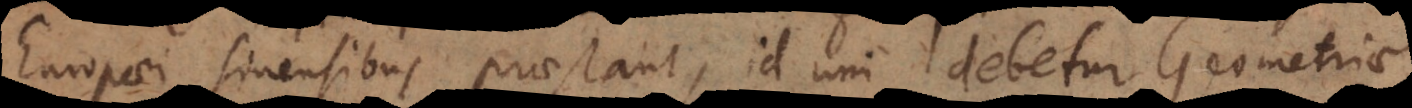
Europaei Sinensibus praestant, id uni debetur Geometriae